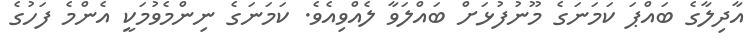
އާދިލާގެ ބައްޕަ ކަމަނަގެ މޫނުފުޅަށް ބައްލަވާ ލެއްވިއެވެ. ކަމަނަގެ ނިންމެވުމަކީ އެންމެ ފަހުގެ